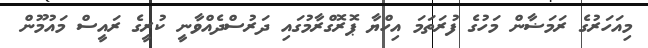
މިއަހަރުގެ ރަމަޟާން މަހުގެ ފުރަތަމަ އިހްޔާ ޕޮރޮގްރާމުގައި ދަރުސްދެއްވާނީ ކުރީގެ ރައީސް މައުމޫން